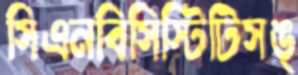
সিএনবিসিস্টিটিসঙ্